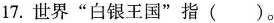
17. 世界“白银王国”指 ( )。